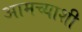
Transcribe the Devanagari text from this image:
आमच्याशी